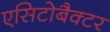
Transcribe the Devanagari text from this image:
एसिटोबैक्टर